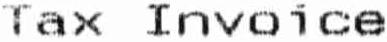
TAX INVOICE